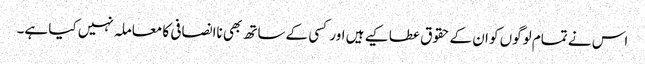
اس نے تمام لوگوں کو ان کے حقوق عطا کیے ہیں اور کسی کے ساتھ بھی ناانصافی کا معاملہ نہیں کیا ہے۔